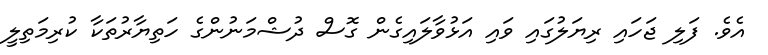
އެވެ. ފަލި ޖަހައި ރިޔަލުގައި ވައި އަޅުވާލައިގެން ގޮސް ދުޝްމަނުންގެ ހަތިޔާރުތަކާ ކުރިމަތިލީ